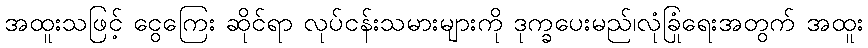
အထူးသဖြင့် ငွေကြေး ဆိုင်ရာ လုပ်ငန်းသမားများကို ဒုက္ခပေးမည်၊လုံခြုံရေးအတွက် အထူး